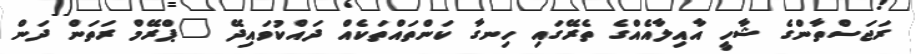
ރަޖަސްތާންގެ ޝާހީ އާއިލާއެއްގެ ތެރޭގައި ހިނގާ ކަންތައްތަކެއް ދައްކުވައިދޭ "ޕްރޭމް ރަތަން ދަން